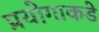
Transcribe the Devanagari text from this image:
प्रयोगाकडे